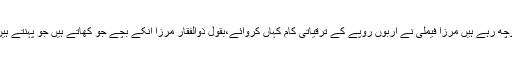
انہوں نے کہا کہ بدین کے لوگ پوچھ رہے ہیں مرزا فیملی نے اربوں روپے کے ترقیاتی کام کہاں کروائے،بقول ذوالفقار مرزا انکے بچے جو کھاتے ہیں جو پہنتے ہیں وہ آصف زرداری کا دیا ہوا ہے۔